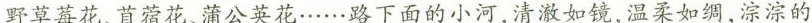
\underline{野草莓花、苜蓿花、蒲公英花……路下面的小河，清澈如镜，温柔如绸，淙淙的}